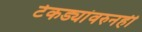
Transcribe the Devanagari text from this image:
टेकड्यांवरुनही